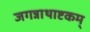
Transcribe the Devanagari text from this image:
जगन्नाथाष्टकम्